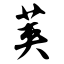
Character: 荚